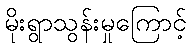
မိုးရွာသွန်းမှုကြောင့်